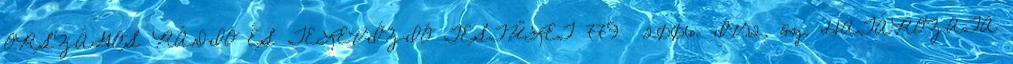
ORSZÁGOS RÁDIÓ ÉS TELEVÍZIÓ TESTÜLET 779 2006. IV.12. sz. HATÁROZATA